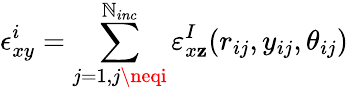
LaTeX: \epsilon_{xy}^{i}=\sum_{j=1,j\neqi}^{\mathbb{N}_{inc}}\varepsilon_{x\mathbf{z}}^{I}(r_{ij},y_{ij},\theta_{ij})